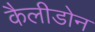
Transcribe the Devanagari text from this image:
कैलीडोन